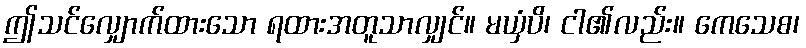
ဤသင်လျှောက်ထားသော ရထားအတူသာလျှင်။ မယှံပိ၊ ငါ၏လည်း။ ကေသေစ၊